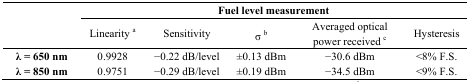
<table><thead><tr><td rowspan="3">[EMPTY_CELL]</td><td colspan="5"><b>Fuel level measurement</b></td></tr><tr><td><b>Linearity <sup>a</sup></b></td><td><b>Sensitivity</b></td><td><b>σ <sup>b</sup></b></td><td><b>Averaged optical power received <sup>c</sup></b></td><td><b>Hysteresis</b></td></tr></thead><tbody><tr><td><b>λ</b> = <b>650 nm</b></td><td>0.9928</td><td>−0.22 dB/level</td><td>±0.13 dBm</td><td>−30.6 dBm</td><td>&lt;8% F.S.</td></tr><tr><td><b>λ</b> = <b>850 nm</b></td><td>0.9751</td><td>−0.29 dB/level</td><td>±0.19 dBm</td><td>−34.5 dBm</td><td>&lt;9% F.S.</td></tr></tbody></table>